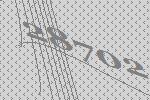
28702